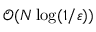
{ \mathcal { O } } ( N \log ( 1 / \varepsilon ) )